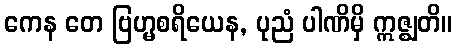
ကေန တေ ဗြဟ္မစရိယေန, ပုညံ ပါဏိမှိ ဣဇ္ဈတိ။